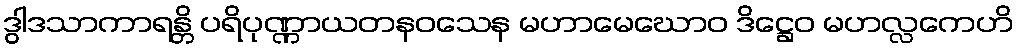
ဒွါဒသာကာရန္တိ ပရိပုဏ္ဏာယတနဝသေန မဟာမေဃောဝ ဒိဋ္ဌေဝ မဟလ္လကေဟိ